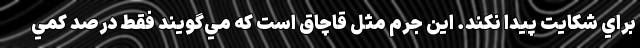
براي شكايت پيدا نكند. اين جرم مثل قاچاق است كه مي‌گويند فقط درصد كمي